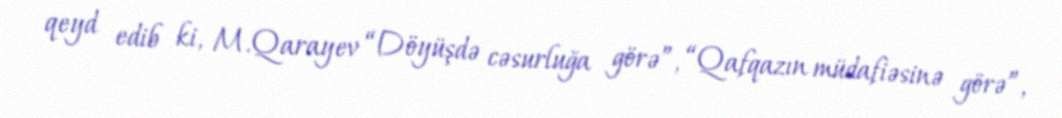
qeyd edib ki, M.Qarayev “Döyüşdə cəsurluğa görə”, “Qafqazın müdafiəsinə görə”,